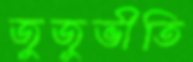
জুজুভীতি